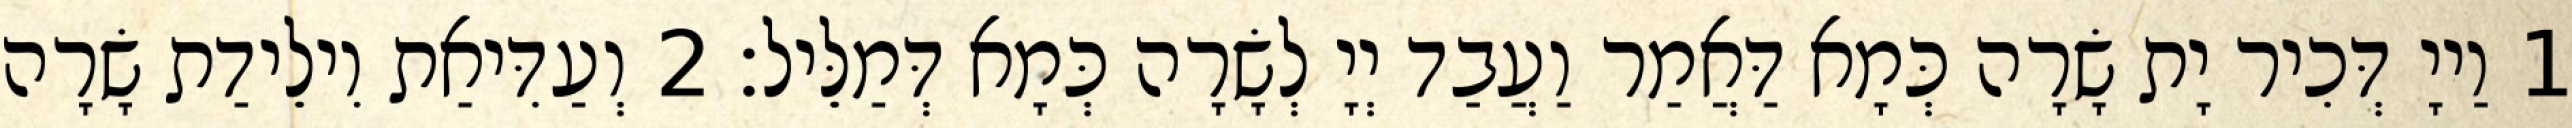
1 וַייָ דְּכִיר יָת שָׂרָה כְּמָא דַּאֲמַר וַעֲבַד יְיָ לְשָׂרָה כְּמָא דְּמַלֵּיל׃ 2 וְעַדִּיאַת וִילֵידַת שָׂרָה